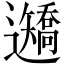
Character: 𨙍